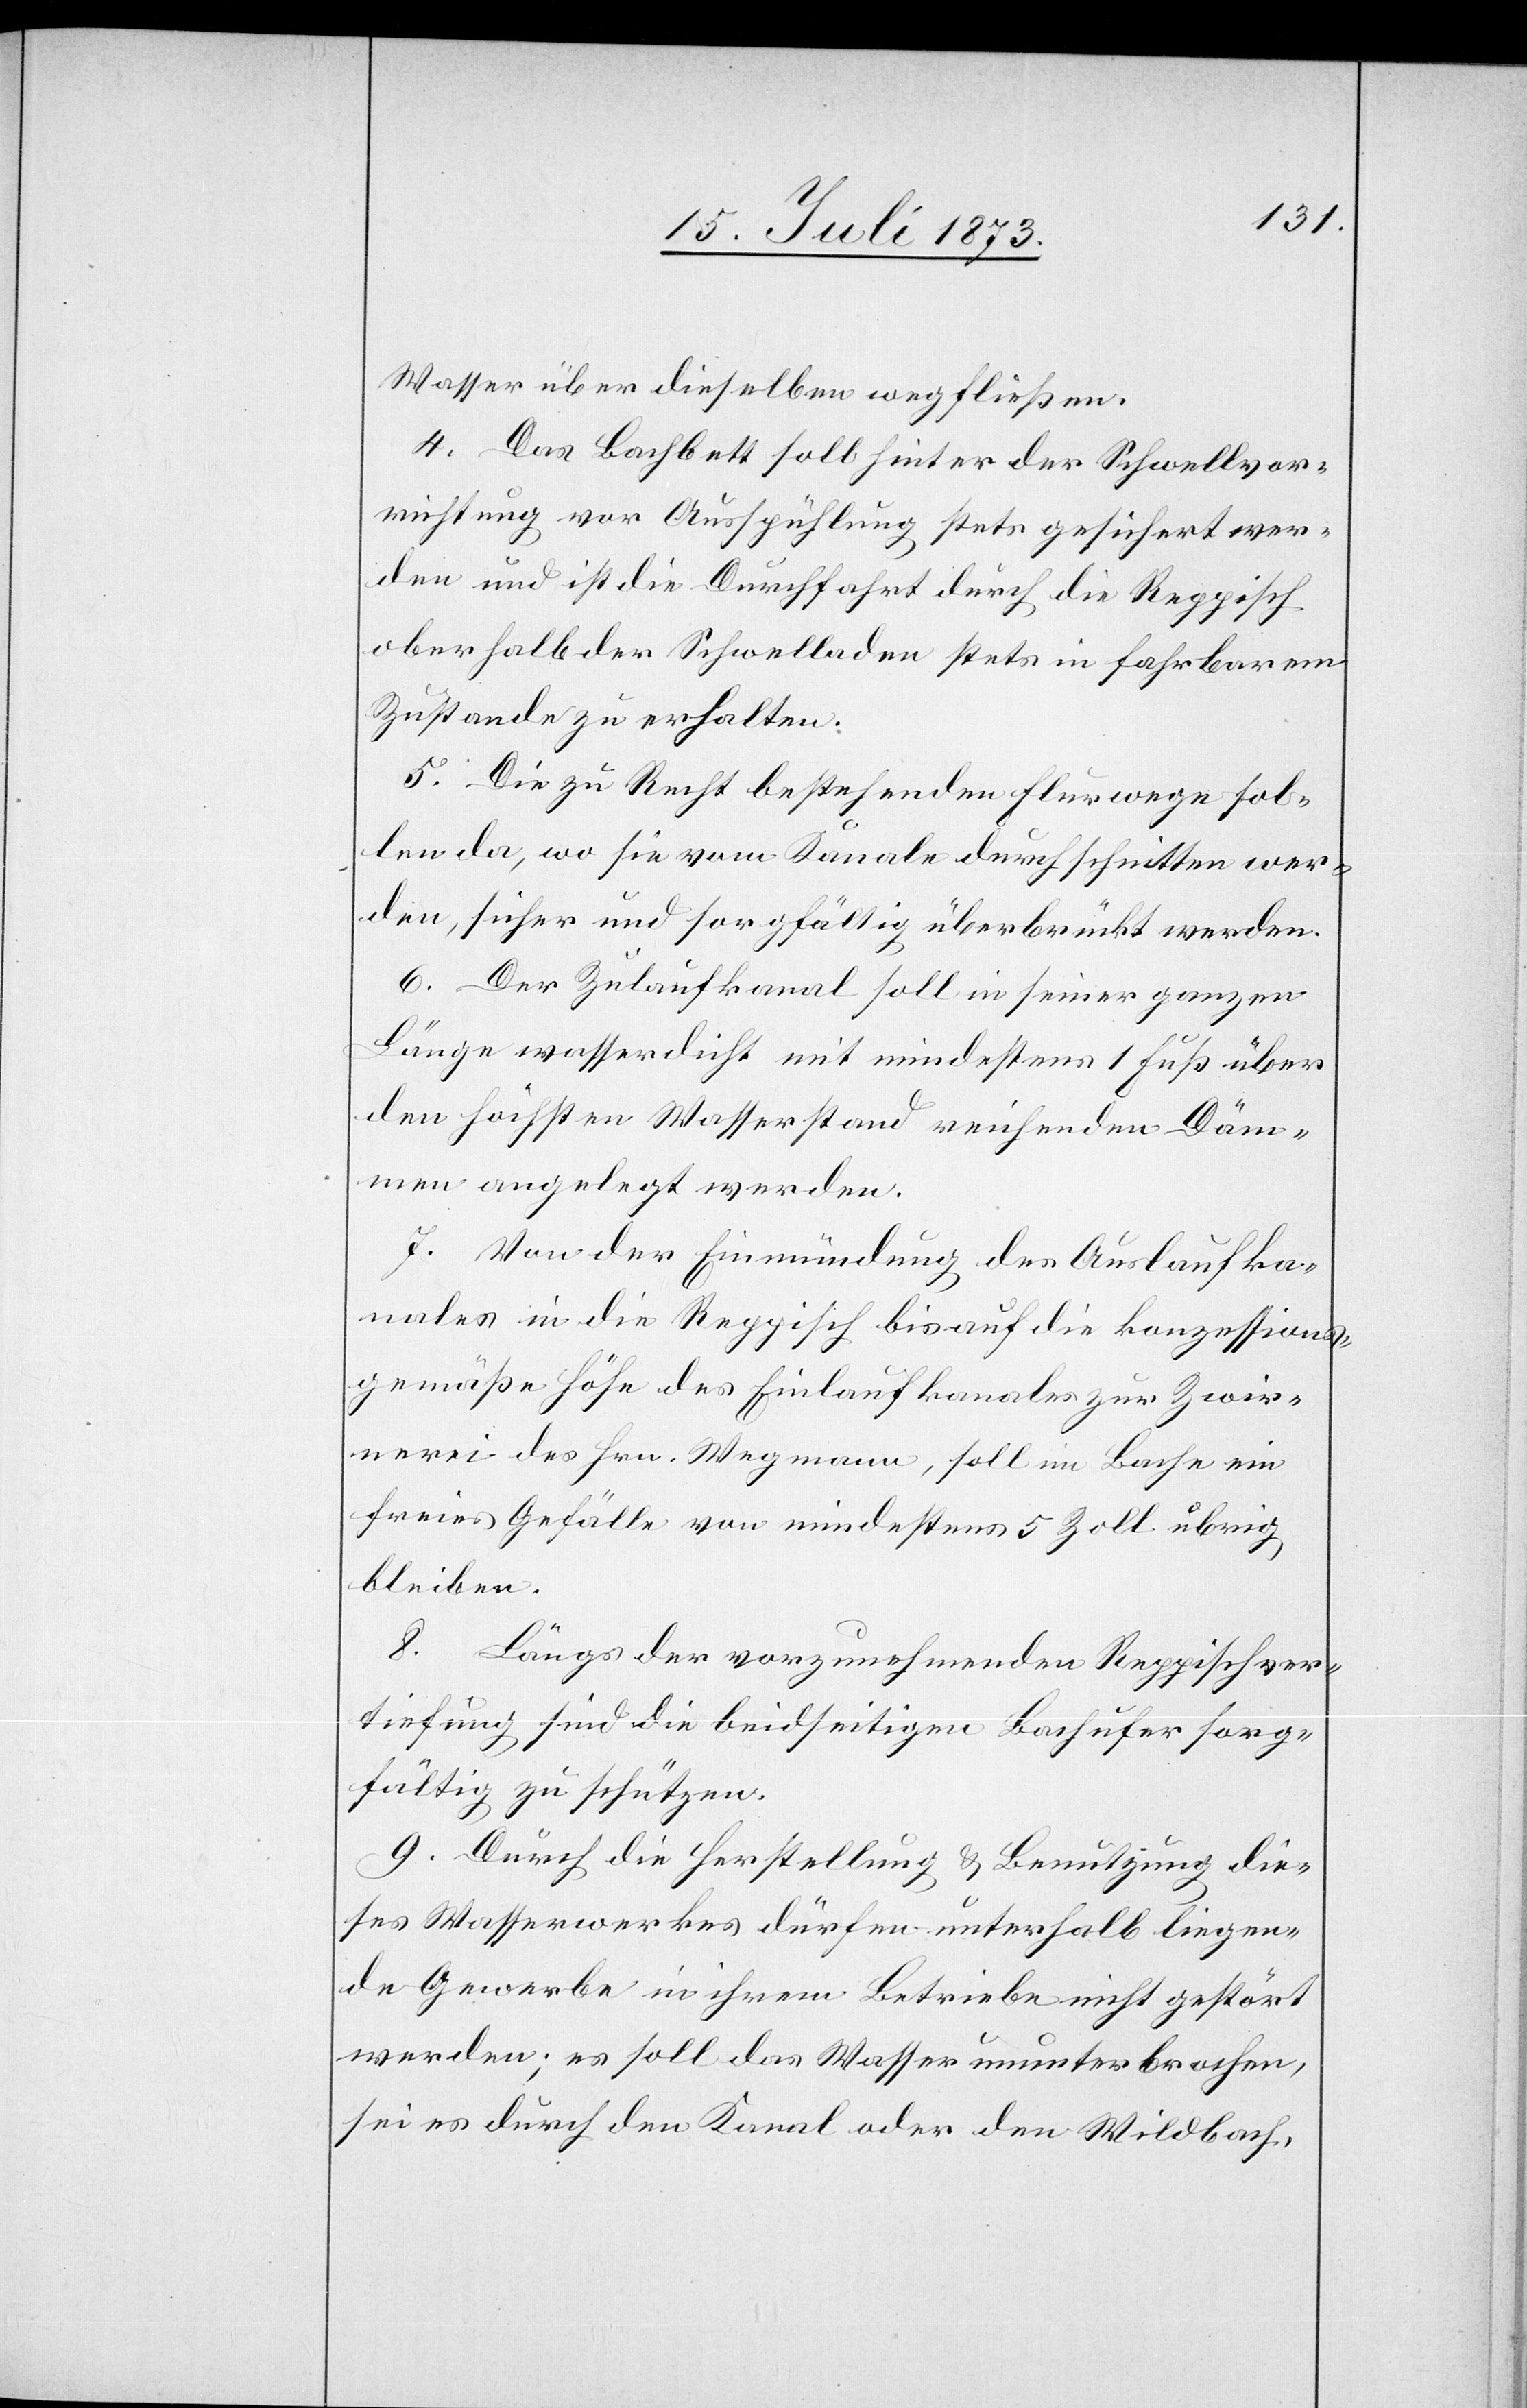
Wasser über dieselben wegfließen.
4. Das Bachbett soll hinter der Schwellvor¬
richtung vor Ausspühlung stets gesichert wer¬
den und ist die Durchfahrt durch die Reppisch
oberhalb der Schwelladen stets in fahrbarem
Zustande zu erhalten.
5. Die zu Recht bestehenden Flurwege sol¬
len da, wo sie vom Kanale durchschnitten wer¬
den, sicher und sorgfältig überbrückt werden.
6. Der Zulaufkanal soll in seiner ganzen
Länge wasserdicht mit mindestens 1 Fuß über
den höchsten Wasserstand reichenden Däm¬
men angelegt werden.
7. Von der Einmündung des Auslaufka¬
nales in die Reppisch bis auf die konzessions¬
gemäße Höhe des Einlaufkanales zur Zwir¬
nerei des Hrn. Wegmann, soll im Bache ein
freies Gefälle von mindestens 5 Zoll übrig
bleiben.
8. Längs der vorzunehmenden Reppischver¬
tiefung sind die beidseitigen Bachufer sorg¬
fältig zu schützen.
9. Durch die Herstellung & Benutzung die¬
ses Wasserwerkes dürfen unterhalb liegen¬
de Gewerbe in ihrem Betriebe nicht gestört
werden; es soll das Wasser ununterbrochen,
sei es durch den Kanal oder den Wildbach,